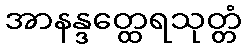
အာနန္ဒတ္ထေရသုတ္တံ